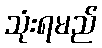
သုံးရမည်